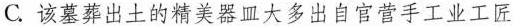
C.该墓葬出土的精美器皿大多出自官营手工业工匠